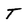
Character: T